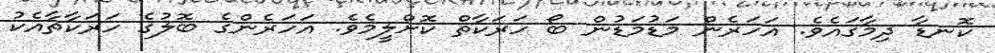
ކޮނޑާ ދިމާގައެވެ. އަހަރެން މަޑުމަޑުން ބޯ ހަރަކާތް ކޮށްލީމެވެ. އަހަރެންގެ ބޮލުގެ ހަރަކާތާއެކު